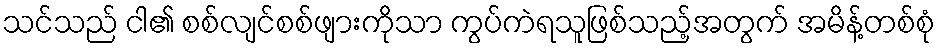
သင်သည် ငါ၏ စစ်လျင်စစ်ဖျားကိုသာ ကွပ်ကဲရသူဖြစ်သည့်အတွက် အမိန့်တစ်စုံ